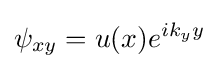
\psi _{xy}=u(x)e^{ik_{y}y}